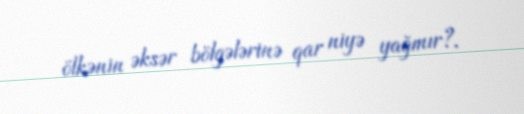
ölkənin əksər bölgələrinə qar niyə yağmır?.